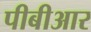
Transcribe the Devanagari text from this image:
पीबीआर